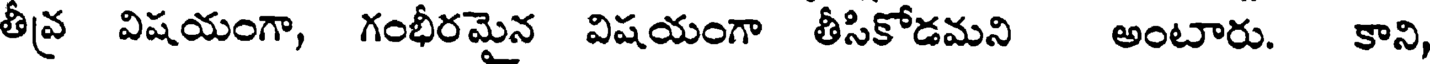
తీవ్ర విషయంగా, గంభీరమైన విషయంగా తీసికోడమని అంటారు. కాని,